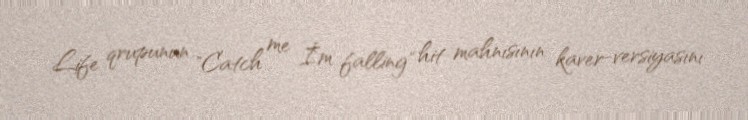
Life qrupunun "Catch me İ`m falling" hit mahnısının kaver-versiyasını